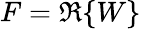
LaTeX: F=\Re\{ W\}